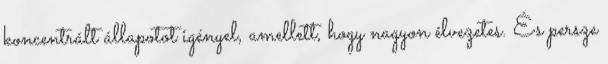
koncentrált állapotot igényel, amellett, hogy nagyon élvezetes. És persze